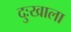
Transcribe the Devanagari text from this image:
दुःखाला